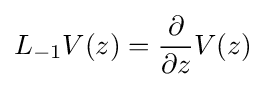
L_{-1}V(z)={\frac {\partial }{\partial z}}V(z)